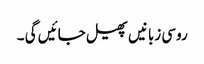
روسی زبانیں پھیل جائیں گی ۔